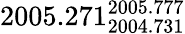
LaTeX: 2005.271_{2004.731}^{2005.777}